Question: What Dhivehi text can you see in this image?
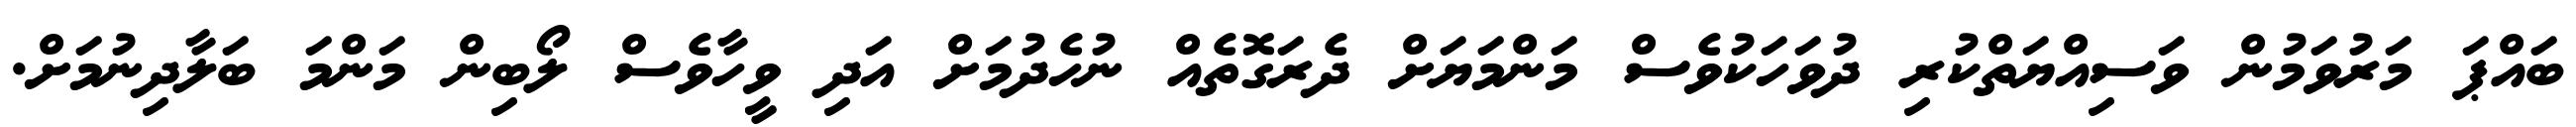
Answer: ބައްޕަ މަރުވަމުން ވަސިއްޔަތްކުރި ދުވަހަކުވެސް މަންމަޔަށް ދެރަގޮތެއް ނުހެދުމަށް އަދި ވީހާވެސް ލޯބިން މަންމަ ބަލާދިނުމަށް.